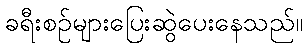
ခရီးစဉ်များပြေးဆွဲပေးနေသည်။